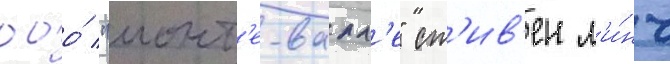
ооо́ "монт'е-валл'е" ст'ив'ен л'и́нч